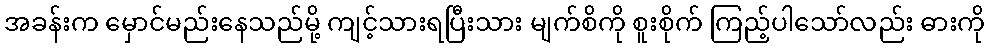
အခန်းက မှောင်မည်းနေသည်မို့ ကျင့်သားရပြီးသား မျက်စိကို စူးစိုက် ကြည့်ပါသော်လည်း ဓားကို